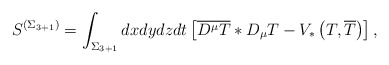
\begin{align*}S^{ \left( \Sigma _{3+1} \right) }=\int _{\Sigma _{3+1}}dxdydzdt\left[ \overline{D^{\mu }T}*D_{\mu }T-V_{*}\left( T,\overline{T}\right) \right] ,\end{align*}